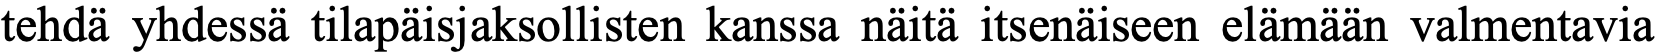
tehdä yhdessä tilapäisjaksollisten kanssa näitä itsenäiseen elämään valmentavia